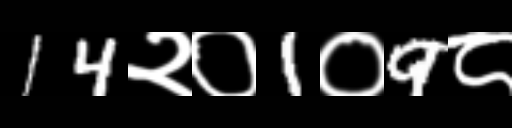
Text: 14२०1०9८